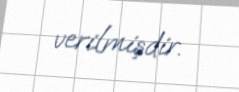
verilmişdir.